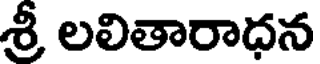
శ్రీ లలితారాధన